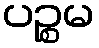
ပဉ္စမ